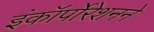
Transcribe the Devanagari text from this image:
इंकॉर्पोरेशनने